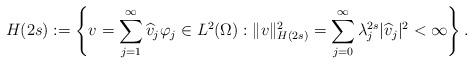
\begin{align*}H(2s):=\left\{v=\sum_{j=1}^\infty \widehat v_j\varphi_j\in L^2(\Omega):\|v\|_{H(2s)}^2=\sum_{j=0}^\infty\lambda_j^{2s}\vert\widehat v_j\vert^2<\infty\right\}.\end{align*}